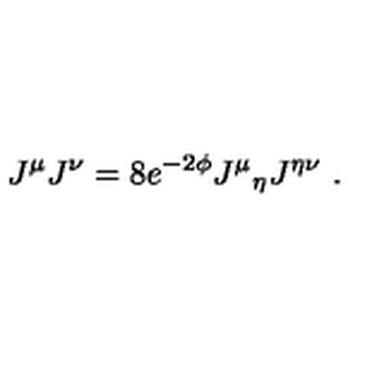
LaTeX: J ^ { \mu } J ^ { \nu } = 8 e ^ { - 2 \phi } J ^ { \mu } { } _ { \eta } J ^ { \eta \nu } \ .